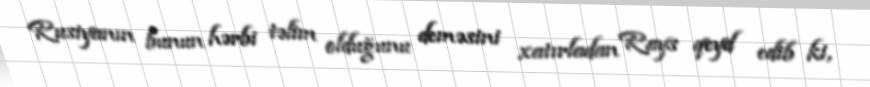
Rusiyanın bunun hərbi təlim olduğunu deməsini xatırladan Rays qeyd edib ki,